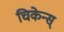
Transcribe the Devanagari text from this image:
चिकेन्स्